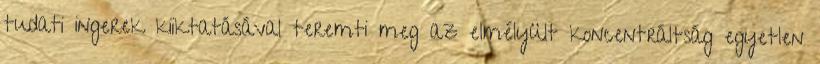
tudati ingerek kiiktatásával teremti meg az elmélyült koncentráltság egyetlen